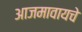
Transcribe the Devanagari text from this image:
आजमावायचे